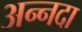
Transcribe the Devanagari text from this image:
अन्नदा